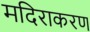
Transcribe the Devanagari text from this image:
मदिराकरण